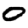
Digit: 0